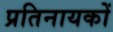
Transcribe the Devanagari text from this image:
प्रतिनायकों